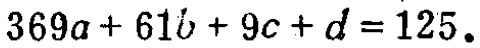
\(369a + 61b + 9c + d = 125.\)